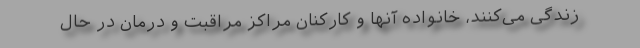
زندگی می‌کنند، خانواده آنها و کارکنان مراکز مراقبت و درمان در حال